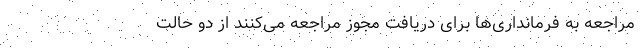
مراجعه به فرمانداری‌ها برای دریافت مجوز مراجعه می‌کنند از دو حالت